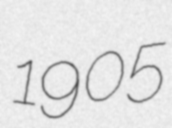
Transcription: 1905